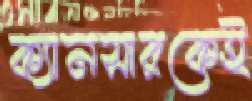
ক্যানসারকেই